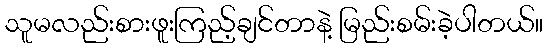
သူမလည်းစားဖူးကြည့်ချင်တာနဲ့ မြည်းစမ်းခဲ့ပါတယ်။